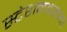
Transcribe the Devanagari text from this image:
स्टेशनवरच्या